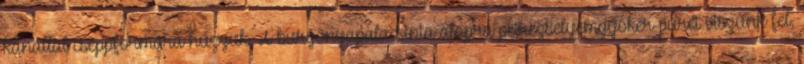
kanállal cseppformára húzzuk. A burgonyapalacsinta alapra petrezselyemgyökér-pürét viszünk fel,